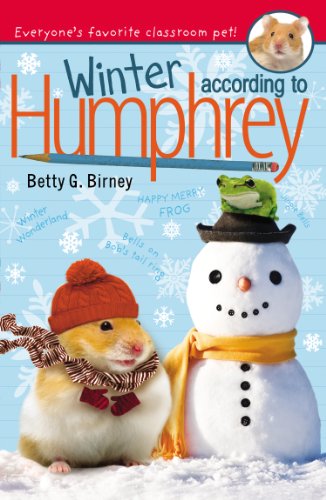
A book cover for Winter According to Humphrey; Betty G. Birney; Children's Books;